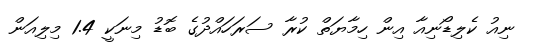
ނިއު ކެލިޑޯނިއާ އިން ހިމާޔަތް ކުރާ ސަރަހައްދުގެ ބޮޑު މިނަކީ 1.4 މިލިއަން